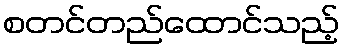
စတင်တည်ထောင်သည့်